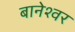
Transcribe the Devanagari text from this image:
बानेश्वर